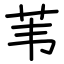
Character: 苇